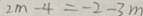
2 m - 4 = - 2 - 3 m